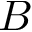
B